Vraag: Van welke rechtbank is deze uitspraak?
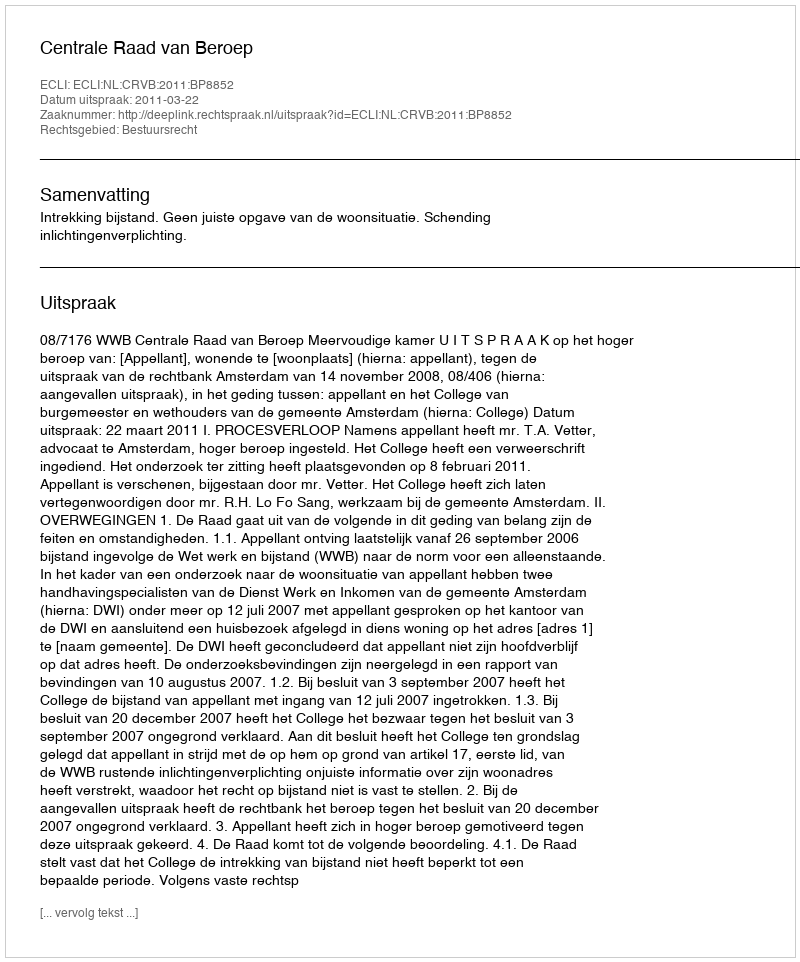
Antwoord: Centrale Raad van Beroep